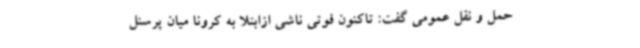
حمل و نقل عمومی گفت: تاکنون فوتی ناشی ازابتلا به کرونا میان پرسنل